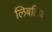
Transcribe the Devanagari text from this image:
लिबलिबा